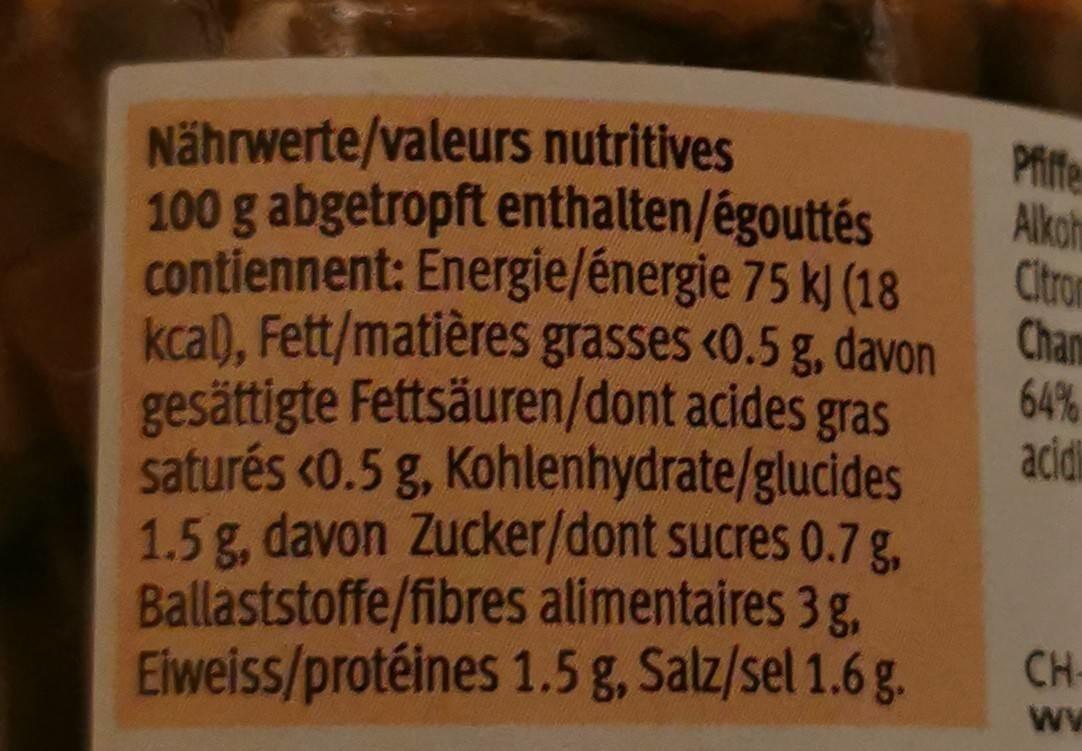
Nährwerte/valeurs nutritives
Pfiffe Alkoh
100 g abgetropft enthalten/égouttés
contiennent: Energie/énergie 75 kJ (18 Chan kcal), Fett/matières grasses <0.5 g, davon 64% gesättigte Fettsäuren/dont acides gras
Citron
acidi
saturés <0.5 g, Kohlenhydrate/glucides
1.5 g, davon Zucker/dont sucres 0.7 g, Ballaststoffe/fibres alimentaires 3 g, Eiweiss/protéines 1.5 g, Salz/sel 1.6 g.
CH
ww